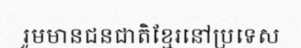
រួមមានជនជាតិខ្មែរនៅប្រទេស